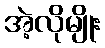
အဲ့လိုမျိုး